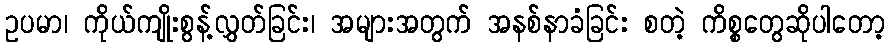
ဥပမာ၊ ကိုယ်ကျိုးစွန့်လွှတ်ခြင်း၊ အများအတွက် အနစ်နာခံခြင်း စတဲ့ ကိစ္စတွေဆိုပါတော့